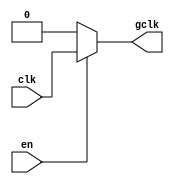
module clock_gating(
    input wire clk,     // Primary clock signal
    input wire en,      // Enable signal for clock gating
    output wire gclk    // Gated clock output
);

// Gating logic
assign gclk = en ? clk : 1'b0;  // When EN is high, pass CLK; otherwise, force GCLK to low

endmodule